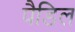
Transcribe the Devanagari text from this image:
पैडिल